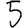
Digit: 5